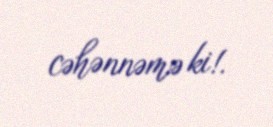
cəhənnəmə ki!.